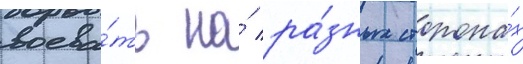
воева́ть на́ ра́зных сторона́х